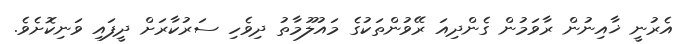
އެރުނީ ޚާއިނުން ރާވަމުން ގެންދިއަ ރޭވުންތަކުގެ މައުލޫމާތު ދިވެހި ސަރުކާރަށް ދީފައި ވަނިކޮށެވެ.